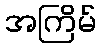
အကြိမ်